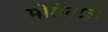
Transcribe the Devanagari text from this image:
मोसेल्टल